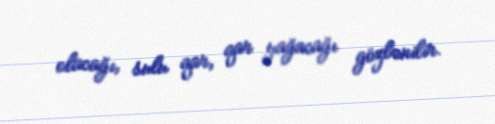
olacağı, sulu qar, qar yağacağı gözlənilir.